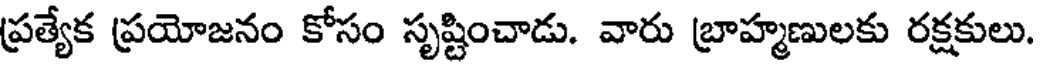
ప్రత్యేక ప్రయోజనం కోసం సృష్టించాడు. వారు బ్రాహ్మణులకు రక్షకులు.